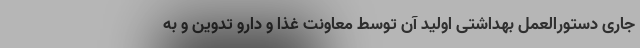
جاری دستورالعمل بهداشتی اولید آن توسط معاونت غذا و دارو تدوین و به